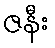
ဇနီး